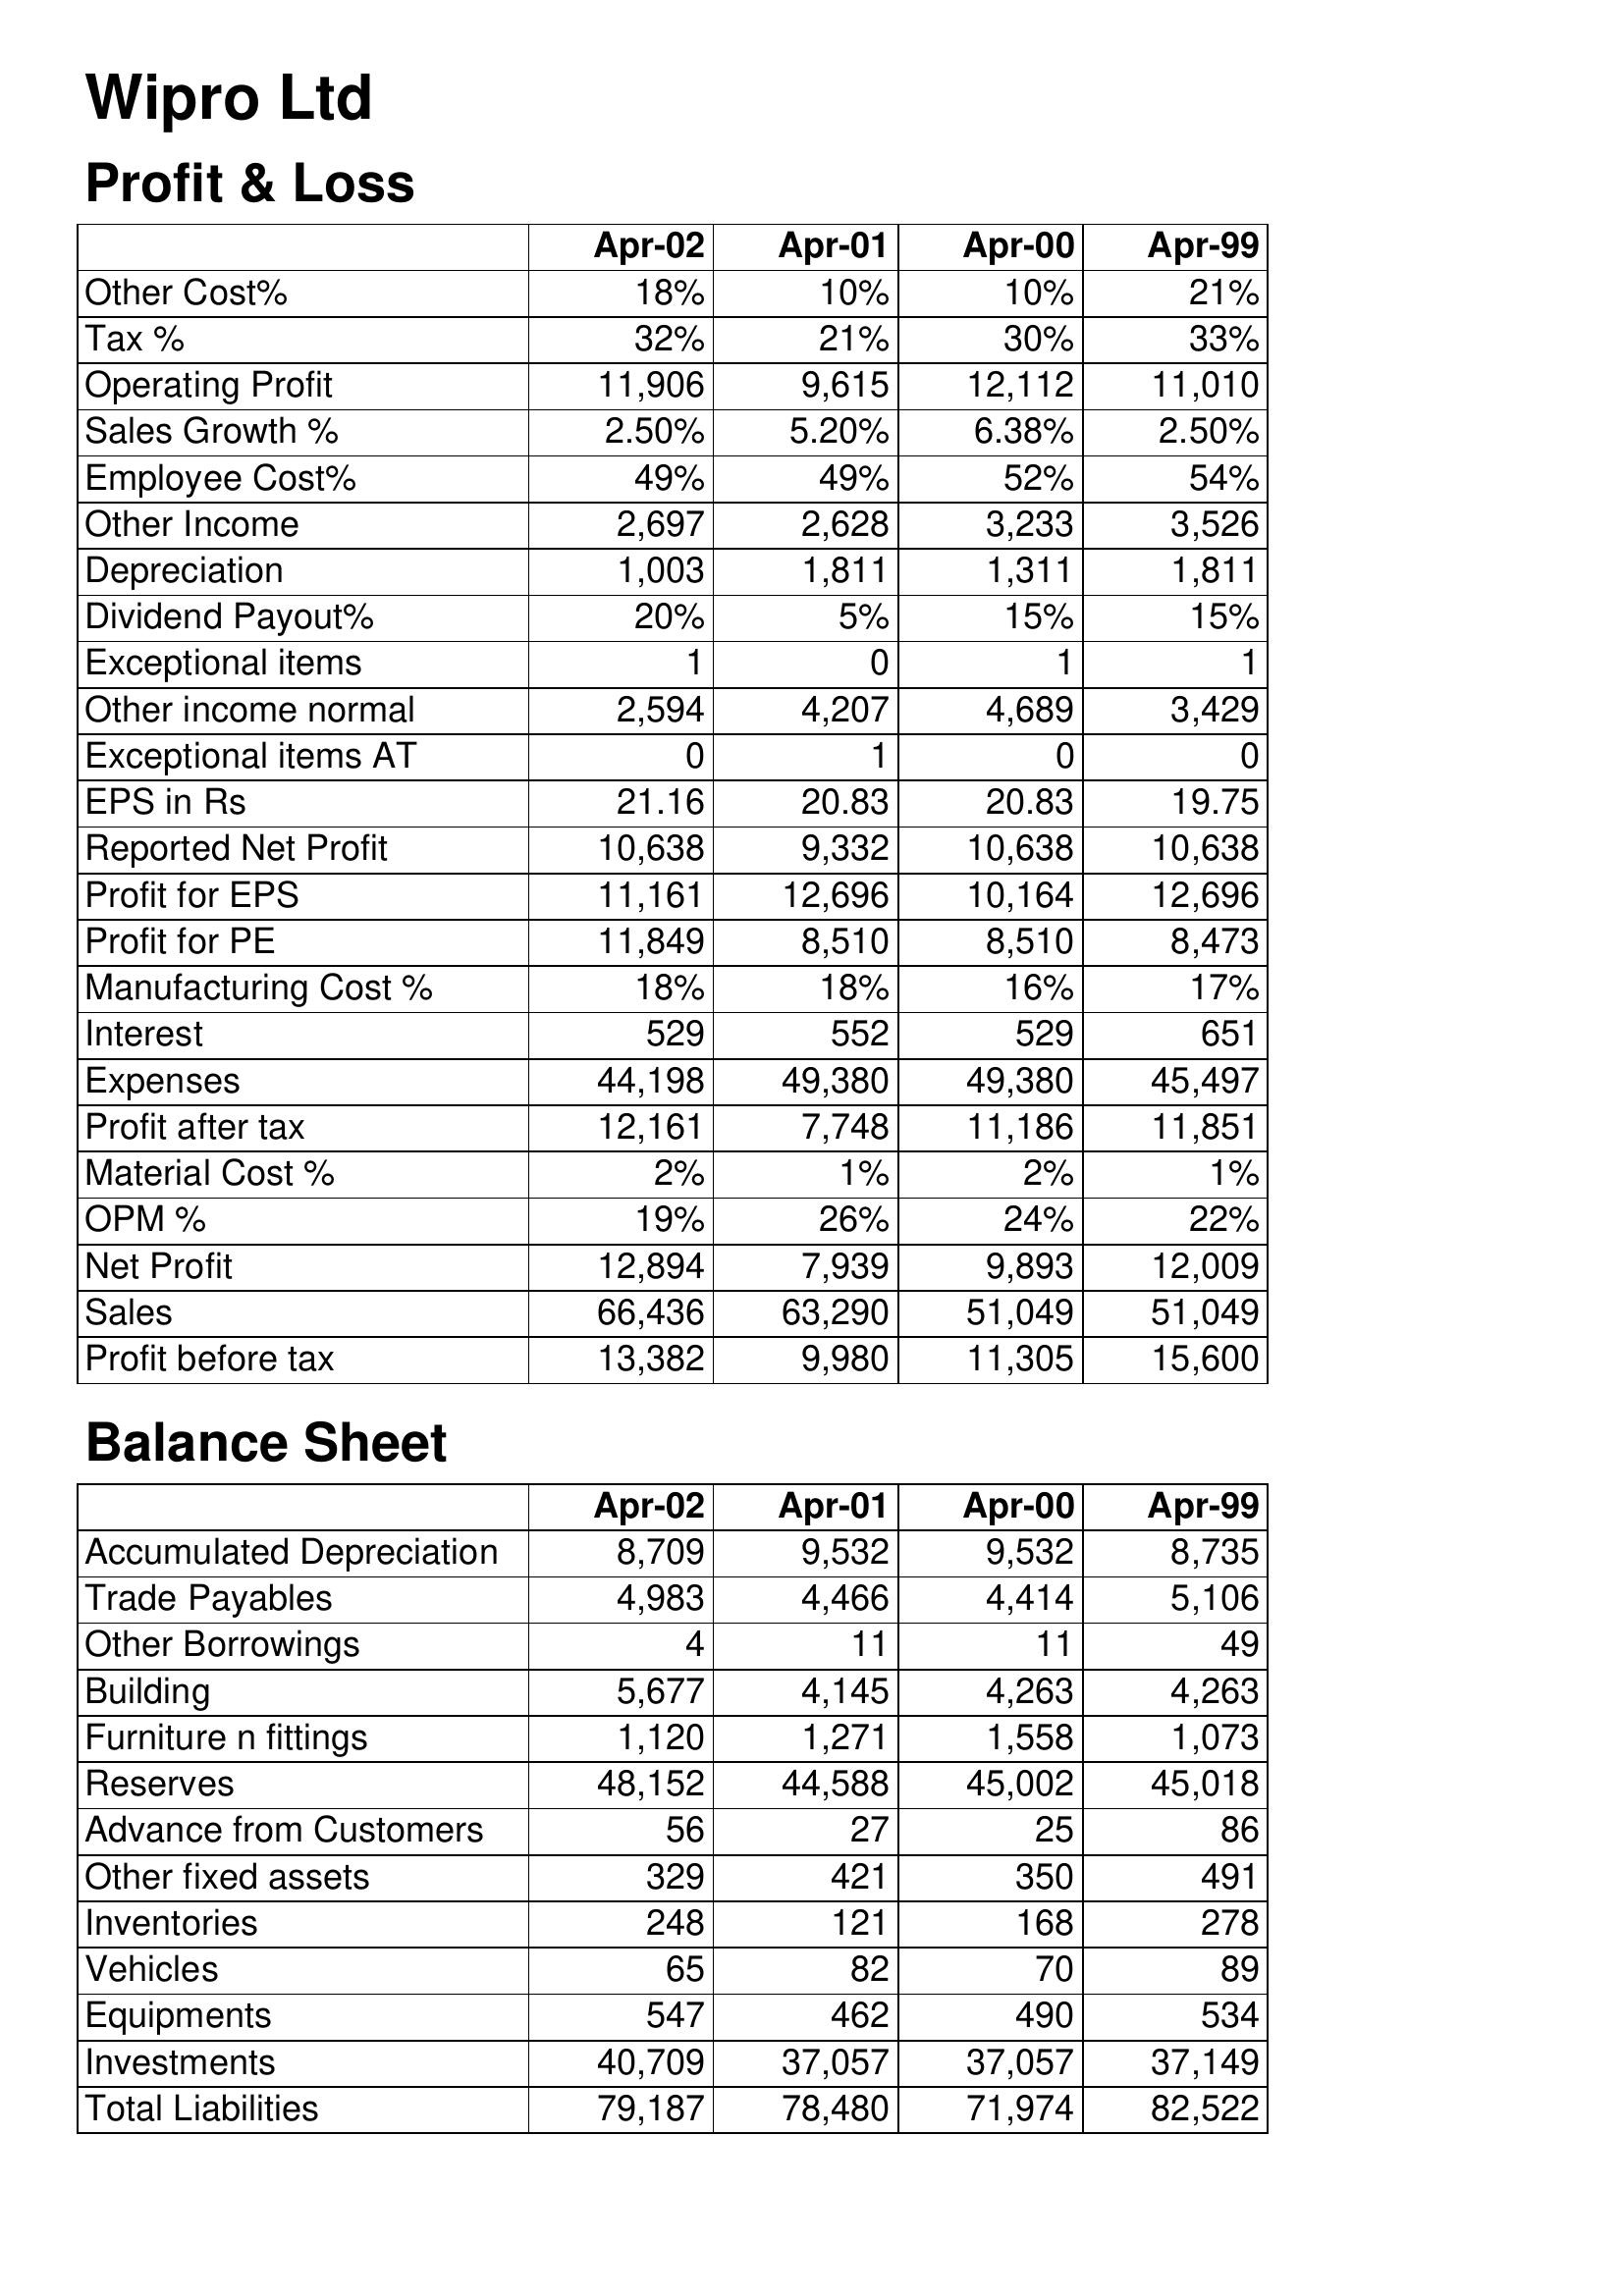
Apr-02: Profit & Loss: Other Cost%: 18%
Tax %: 32%
Operating Profit: 11,906
Sales Growth %: 2.50%
Employee Cost%: 49%
Other Income: 2,697
Depreciation: 1,003
Dividend Payout%: 20%
Exceptional items: 1
Other income normal: 2,594
Exceptional items AT: 0
EPS in Rs: 21.16
Reported Net Profit: 10,638
Profit for EPS: 11,161
Profit for PE: 11,849
Manufacturing Cost %: 18%
Interest: 529
Expenses: 44,198
Profit after tax: 12,161
Material Cost %: 2%
OPM %: 19%
Net Profit: 12,894
Sales: 66,436
Profit before tax: 13,382
Balance Sheet: Accumulated Depreciation: 8,709
Trade Payables: 4,983
Other Borrowings: 4
Building: 5,677
Furniture n fittings: 1,120
Reserves: 48,152
Advance from Customers: 56
Other fixed assets: 329
Inventories: 248
Vehicles: 65
Equipments: 547
Investments: 40,709
Total Liabilities: 79,187
Apr-01: Profit & Loss: Other Cost%: 10%
Tax %: 21%
Operating Profit: 9,615
Sales Growth %: 5.20%
Employee Cost%: 49%
Other Income: 2,628
Depreciation: 1,811
Dividend Payout%: 5%
Exceptional items: 0
Other income normal: 4,207
Exceptional items AT: 1
EPS in Rs: 20.83
Reported Net Profit: 9,332
Profit for EPS: 12,696
Profit for PE: 8,510
Manufacturing Cost %: 18%
Interest: 552
Expenses: 49,380
Profit after tax: 7,748
Material Cost %: 1%
OPM %: 26%
Net Profit: 7,939
Sales: 63,290
Profit before tax: 9,980
Balance Sheet: Accumulated Depreciation: 9,532
Trade Payables: 4,466
Other Borrowings: 11
Building: 4,145
Furniture n fittings: 1,271
Reserves: 44,588
Advance from Customers: 27
Other fixed assets: 421
Inventories: 121
Vehicles: 82
Equipments: 462
Investments: 37,057
Total Liabilities: 78,480
Apr-00: Profit & Loss: Other Cost%: 10%
Tax %: 30%
Operating Profit: 12,112
Sales Growth %: 6.38%
Employee Cost%: 52%
Other Income: 3,233
Depreciation: 1,311
Dividend Payout%: 15%
Exceptional items: 1
Other income normal: 4,689
Exceptional items AT: 0
EPS in Rs: 20.83
Reported Net Profit: 10,638
Profit for EPS: 10,164
Profit for PE: 8,510
Manufacturing Cost %: 16%
Interest: 529
Expenses: 49,380
Profit after tax: 11,186
Material Cost %: 2%
OPM %: 24%
Net Profit: 9,893
Sales: 51,049
Profit before tax: 11,305
Balance Sheet: Accumulated Depreciation: 9,532
Trade Payables: 4,414
Other Borrowings: 11
Building: 4,263
Furniture n fittings: 1,558
Reserves: 45,002
Advance from Customers: 25
Other fixed assets: 350
Inventories: 168
Vehicles: 70
Equipments: 490
Investments: 37,057
Total Liabilities: 71,974
Apr-99: Profit & Loss: Other Cost%: 21%
Tax %: 33%
Operating Profit: 11,010
Sales Growth %: 2.50%
Employee Cost%: 54%
Other Income: 3,526
Depreciation: 1,811
Dividend Payout%: 15%
Exceptional items: 1
Other income normal: 3,429
Exceptional items AT: 0
EPS in Rs: 19.75
Reported Net Profit: 10,638
Profit for EPS: 12,696
Profit for PE: 8,473
Manufacturing Cost %: 17%
Interest: 651
Expenses: 45,497
Profit after tax: 11,851
Material Cost %: 1%
OPM %: 22%
Net Profit: 12,009
Sales: 51,049
Profit before tax: 15,600
Balance Sheet: Accumulated Depreciation: 8,735
Trade Payables: 5,106
Other Borrowings: 49
Building: 4,263
Furniture n fittings: 1,073
Reserves: 45,018
Advance from Customers: 86
Other fixed assets: 491
Inventories: 278
Vehicles: 89
Equipments: 534
Investments: 37,149
Total Liabilities: 82,522